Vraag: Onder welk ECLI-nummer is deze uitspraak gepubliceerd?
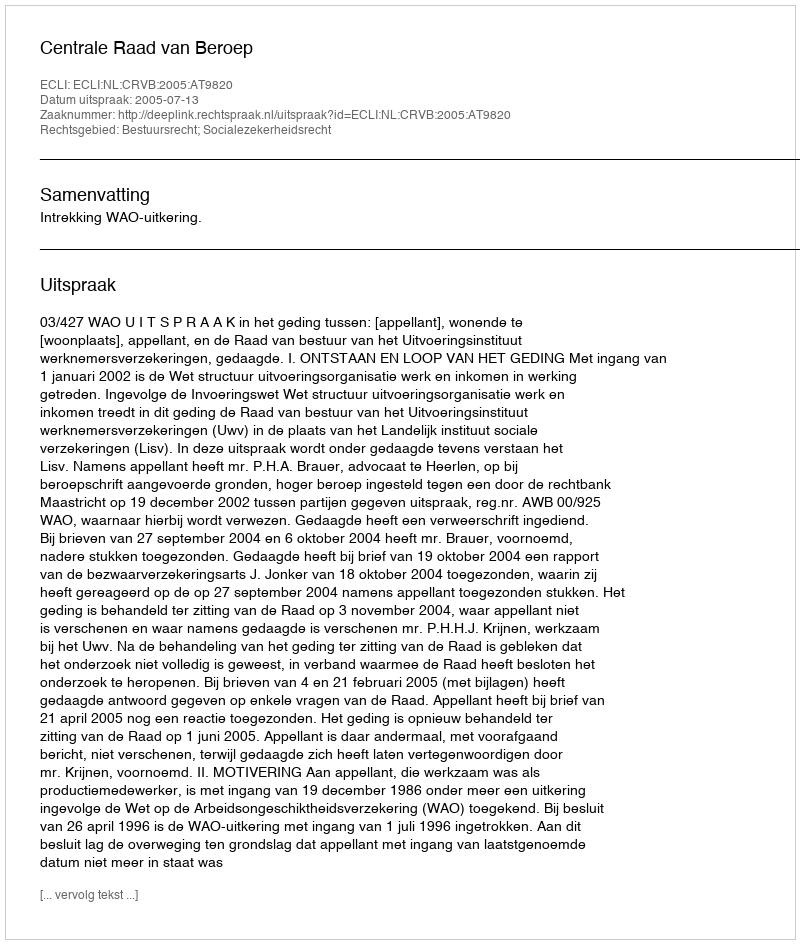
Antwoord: ECLI:NL:CRVB:2005:AT9820